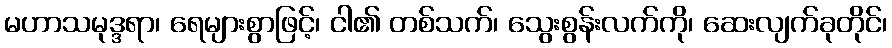
မဟာသမုဒ္ဒရာ၊ ရေများစွာဖြင့်၊ ငါ၏ တစ်သက်၊ သွေးစွန်းလက်ကို၊ ဆေးလျက်ခုတိုင်၊